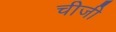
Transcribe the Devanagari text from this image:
चीजी